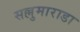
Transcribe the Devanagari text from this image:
सल्लुमाराडा